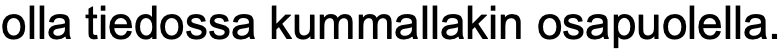
olla tiedossa kummallakin osapuolella.